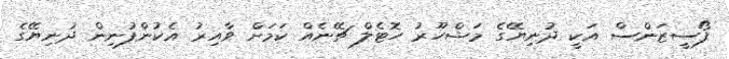
ފޯސީޒަންސް އަކީ ދުނިޔޭގެ މަޝްހޫރު ހޮޓެލް ޗޭނެއް ކަމަށް ވާއިރު އެކުންފުނިން ދުނިޔޭގެ